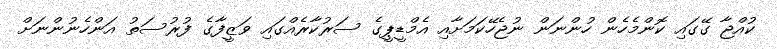
ކުއްޖާ ގޭގައި ކޮންމެހެން ހުންނަން ނުޖެހޭކަމަށާއި އެމްޑީޕީގެ ސަރުކާރެއްގައި ވަޒީފާގެ ފުރުސަތު އަންހެނުންނަށް